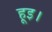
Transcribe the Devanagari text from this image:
हूइ।